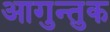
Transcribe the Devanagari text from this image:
आगुन्तुक